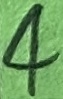
Text: 4